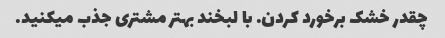
چقدر خشک برخورد کردن. با لبخند بهتر مشتری جذب میکنید.